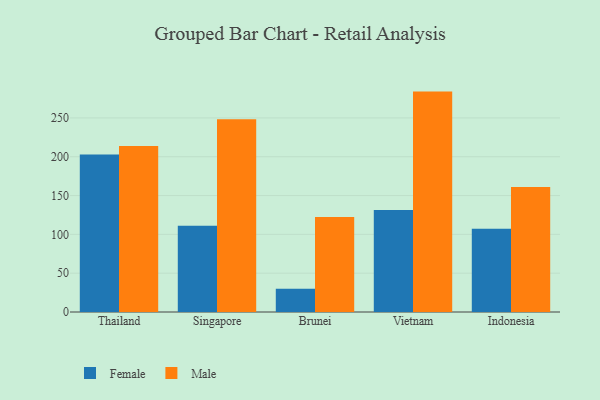
{"axis": {"x": "Country", "y": "Energy Usage (MWh)"}, "legend": ["Female", "Male"], "data": [{"x": "Thailand", "y": 202.8, "type": "Female"}, {"x": "Thailand", "y": 213.9, "type": "Male"}, {"x": "Singapore", "y": 111.2, "type": "Female"}, {"x": "Singapore", "y": 248.2, "type": "Male"}, {"x": "Brunei", "y": 29.8, "type": "Female"}, {"x": "Brunei", "y": 122.5, "type": "Male"}, {"x": "Vietnam", "y": 131.4, "type": "Female"}, {"x": "Vietnam", "y": 283.9, "type": "Male"}, {"x": "Indonesia", "y": 107.3, "type": "Female"}, {"x": "Indonesia", "y": 161.1, "type": "Male"}]}